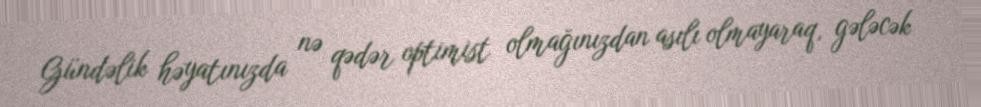
Gündəlik həyatınızda nə qədər optimist olmağınızdan asılı olmayaraq, gələcək